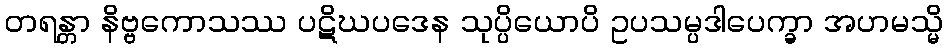
တရန္တာ နိဗ္ဗကောသဿ ပဋိဃပဒေန သုပ္ပိယောပိ ဥပသမ္ပဒါပေက္ခာ အဟမသ္မိ